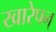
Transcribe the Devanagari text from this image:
खारेपन्